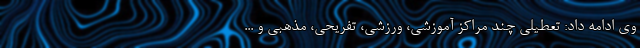
وی ادامه داد: تعطیلی چند مراکز آموزشی، ورزشی، تفریحی، مذهبی و ...